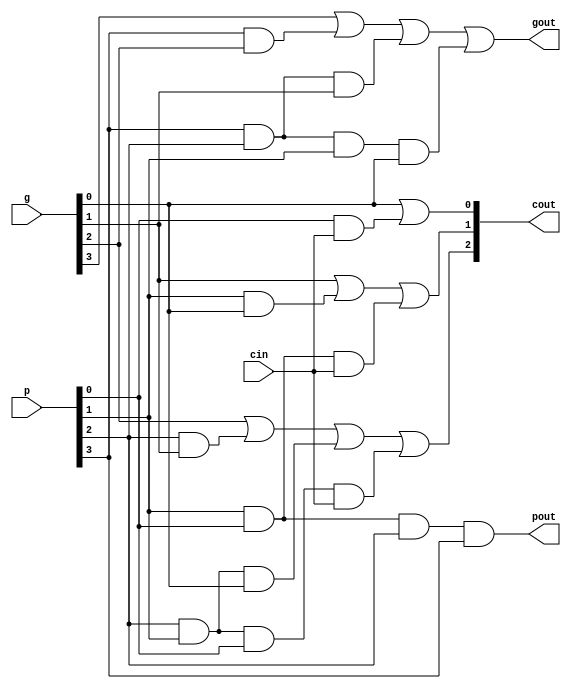
module bclg4 (cout, gout, pout, g, p, cin);
   output [2:0] cout;
   output gout;
   output pout;
   input [3:0] g;
   input [3:0] p;
   input cin;
   wire a1_out, a2_out, a3_out, a4_out, a5_out, a6_out;
   wire a7_out, a8_out, a9_out;
   and a1(a1_out, p[0], cin);
   or  o1(cout[0], g[0], a1_out);
   and a2(a2_out, p[1], g[0]);
   and a3(a3_out, p[1], p[0], cin);
   or  o2(cout[1], g[1], a2_out, a3_out);
   and a4(a4_out, p[2], g[1]);
   and a5(a5_out, p[2], p[1], g[0]);
   and a6(a6_out, p[2], p[1], p[0], cin);
   or  o3(cout[2], g[2], a4_out, a5_out, a6_out);
   and a7(a7_out, p[3], g[2]);
   and a8(a8_out, p[3], p[2], g[1]);
   and a9(a9_out, p[3], p[2], p[1], g[0]);
   or  o4(gout, g[3], a7_out, a8_out, a9_out);
   and a10(pout, p[0], p[1], p[2], p[3]);
endmodule